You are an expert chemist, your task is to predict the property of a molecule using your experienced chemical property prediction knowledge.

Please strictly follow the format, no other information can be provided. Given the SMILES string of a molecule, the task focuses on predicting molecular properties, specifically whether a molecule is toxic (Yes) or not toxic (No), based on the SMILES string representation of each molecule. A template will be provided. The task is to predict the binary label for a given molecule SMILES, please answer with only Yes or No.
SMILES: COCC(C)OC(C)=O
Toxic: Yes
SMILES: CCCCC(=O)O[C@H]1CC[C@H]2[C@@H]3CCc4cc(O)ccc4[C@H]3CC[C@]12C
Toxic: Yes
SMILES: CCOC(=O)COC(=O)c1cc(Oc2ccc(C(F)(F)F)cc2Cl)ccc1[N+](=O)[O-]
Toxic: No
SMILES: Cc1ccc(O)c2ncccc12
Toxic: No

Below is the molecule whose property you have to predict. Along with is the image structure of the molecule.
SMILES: CCCc1nc(C(C)(C)O)c(C(=O)OCc2oc(=O)oc2C)n1Cc1ccc(-c2ccccc2-c2nn[nH]n2)cc1
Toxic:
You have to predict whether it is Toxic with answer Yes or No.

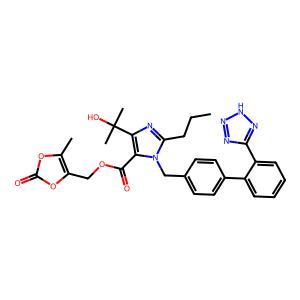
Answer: No